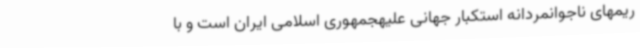
ریمهای ناجوانمردانه استکبار جهانی علیهجمهوری اسلامی ایران است و با